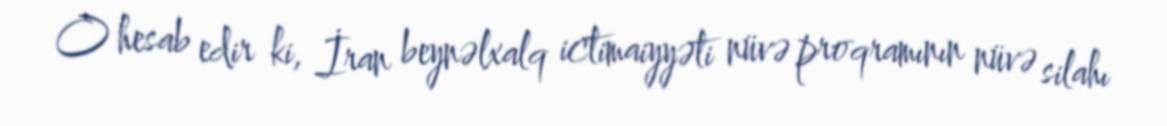
O hesab edir ki, İran beynəlxalq ictimaiyyəti nüvə proqramının nüvə silahı